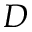
D